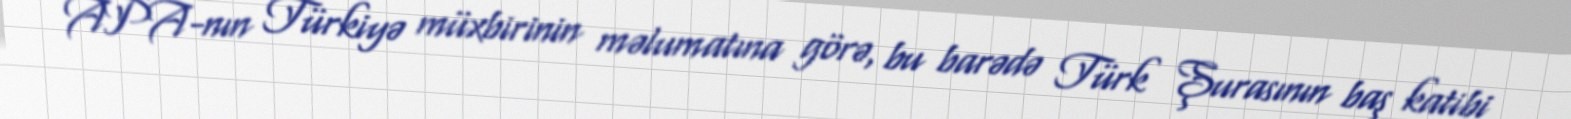
APA-nın Türkiyə müxbirinin məlumatına görə, bu barədə Türk Şurasının baş katibi